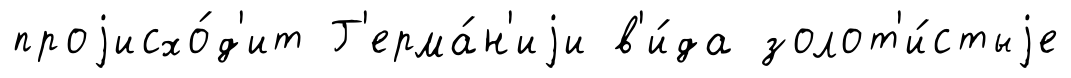
проjисхо́д'ит Г'ерма́н'иjи в'и́да золот'и́стыjе